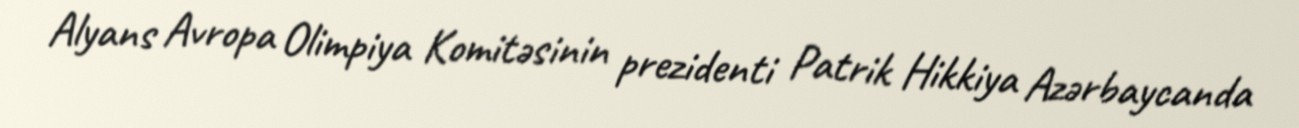
Alyans Avropa Olimpiya Komitəsinin prezidenti Patrik Hikkiya Azərbaycanda